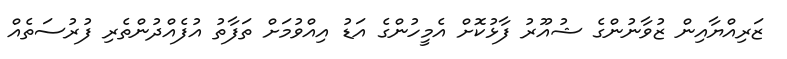
ޒަރިއްޔާއިން ޒުވާނުންގެ ޝުއޫރު ފާޅުކޮށް އެމީހުންގެ އަޑު އިއްވުމަށް ތަފާތު އުފެއްދުންތެރި ފުރުސަތެއް